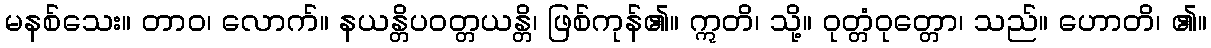
မနစ်သေး။ တာဝ၊ လောက်။ နယန္တိပဝတ္တယန္တိ၊ ဖြစ်ကုန်၏။ ဣတိ၊ သို့။ ဝုတ္တံဝုတ္တော၊ သည်။ ဟောတိ၊ ၏။